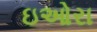
ઇઓરા